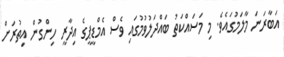
އަބާރަނަ މާލަމުގައެވެ. މި މަސައްކަތު ބައްދަލުވުމުގައި ވެސް އެމްޑީޕީގެ އިދާރީ ހިންގުން އިތުރަށް